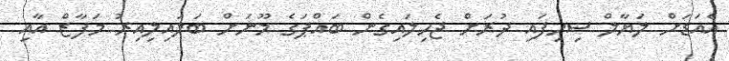
އެއަޑަށް ލަޔާލް ސިހިފައި ދުރަށް ޖެހިލައިގެން ބައްޕަގެ މޫނަށް ބަލައިލިއިރު މަފާޒް އާއި